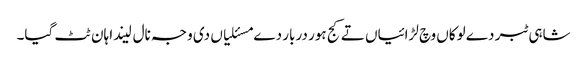
شاہی ٹبر دے لوکاں وچ لڑائیاں تے کج ہور دربار دے مسئلیاں دی وجہ نال لیندا ہان ٹٹ گیا۔